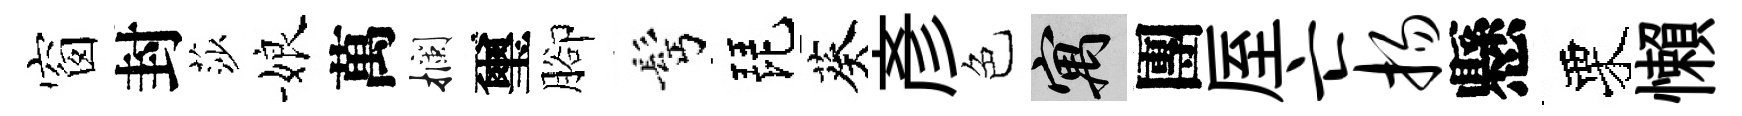
窗封莎娘萬攔璽腳髩琵葵彦色寓團厔亡扬懸栗懶